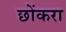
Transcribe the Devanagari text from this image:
छोंकरा